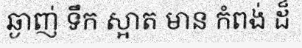
ឆ្ងាញ់ ទឹក ស្អាត មាន កំពង់ ដ៏